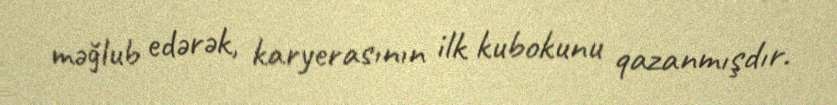
məğlub edərək, karyerasının ilk kubokunu qazanmışdır.